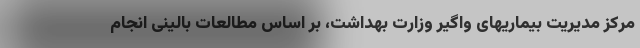
مرکز مدیریت بیماریهای واگیر وزارت بهداشت، بر اساس مطالعات بالینی انجام